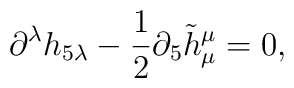
\partial^\lambda h_{5\lambda}-\frac{1}{2}\partial_5 \tilde{h}^\mu_\mu=0,